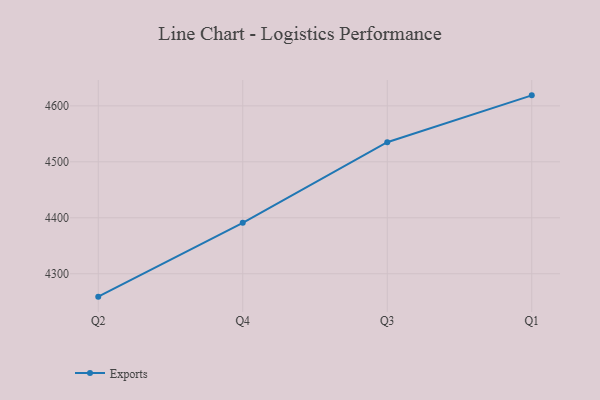
{"axis": {"x": "Quarter", "y": "Active Users"}, "legend": ["Exports"], "data": [{"x": "Q2", "y": 4259.1, "type": "Exports"}, {"x": "Q4", "y": 4391.1, "type": "Exports"}, {"x": "Q3", "y": 4535.1, "type": "Exports"}, {"x": "Q1", "y": 4618.8, "type": "Exports"}]}